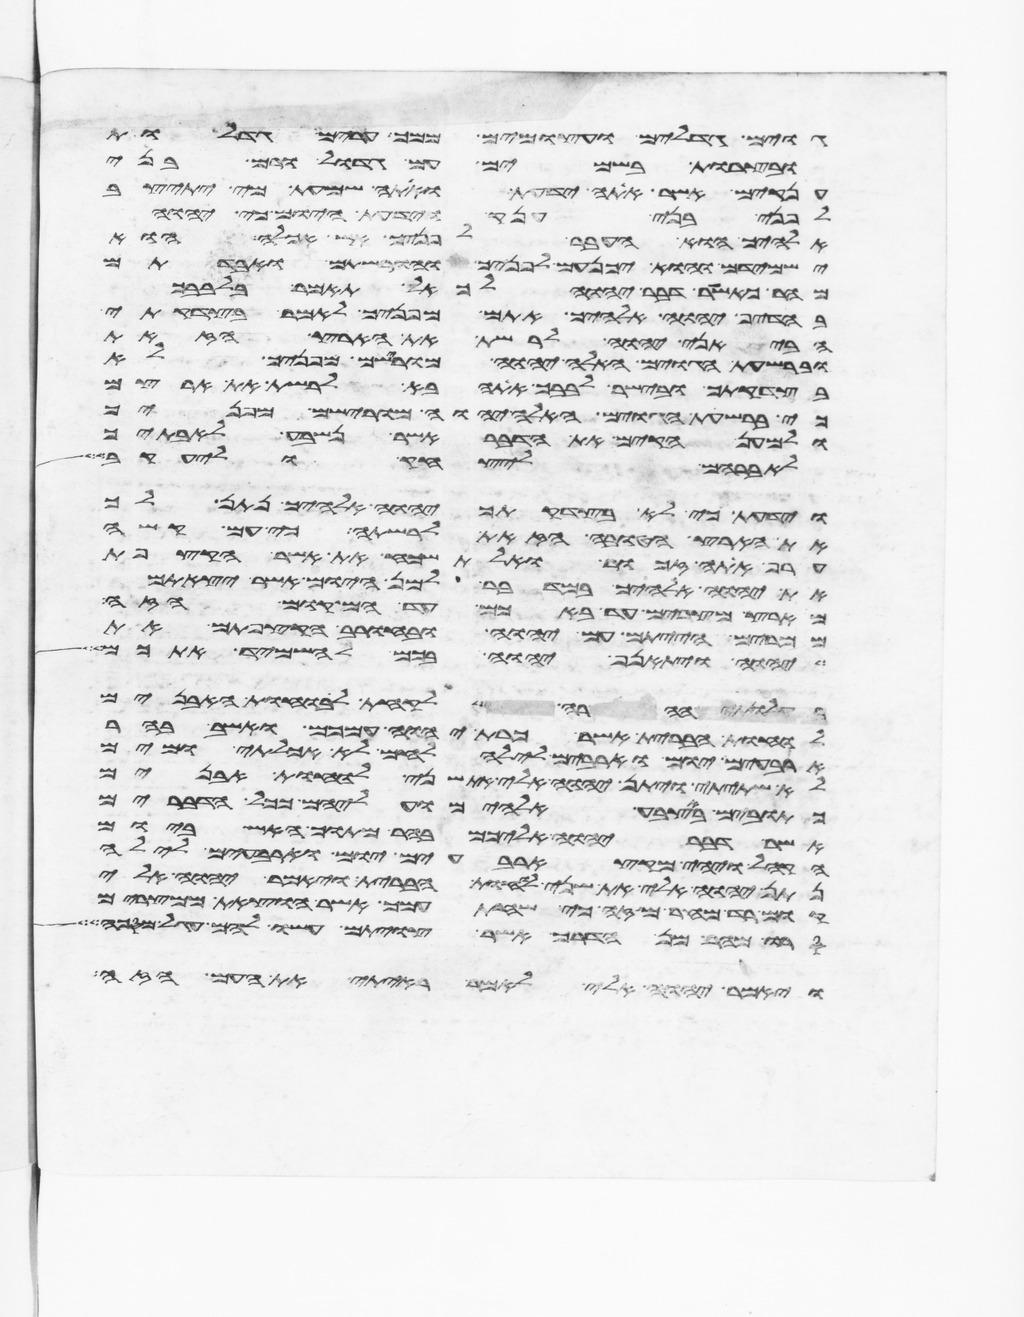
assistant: גוים גדלים ועצמים ממך ערים גדלות
ובצרות בשמים עם גדול ורם בני
ענקים אשר אתה ידעת ואתה שמעת מי יתיצב
לפני בני ענק וידעת היום כי יהוה
אלהיך הוא העבר לפניך אש אכלה הוא
ישמידם והוא יכנעם לפניך והורשתם ואבדתם
מהר כאשר דבר יהוה לך אל תאמר בלבבך
בהדיף יהוה אלהיך אתם מפניך לאמר בצדקתי
הביאני יהוה לרשת את הארץ הזאת
וברשעת הגוים האלה יהוה מורישם מפניך לא
בצדקתך ובישר לבבך אתה בא לרשת את ארצם
כי ברשעת הגוים האלה יהוה מורישם מפניך
ולמען הקים את הדבר אשר נשבע לאבתיך
לאברהם ליצחק וליעקב
וידעת כי לא בצדקתך יהוה אלהיך נתן לך
את הארץ הטובה הזאת לרשתה כי עם קשה
ערף אתה זכור ואל תשכח את אשר הקצפת
את יהוה אלהיך במדבר למן היום אשר יצאתם
מארץ מצרים עד באכם עד המקום הזה
ממרים הייתם עם יהוה ובחורב הקצפתם את
יהוה ויתאנף יהוה בכם להשמיד אתכם
ההרה לקחת לוחות האבנים
לוחת הברית אשר כרת יהוה עמכם ואשב בהר
ארבעים יום וארבעים לילה לחם לא אכלתי ומים
לא שתיתי ויתן יהוה אלי את שני לוחת האבנים
כתובים באצבע אלהים ועליהם ככל הדברים
אשר דבר יהוה אליכם בהר מתוך האש ביום
הקהל ויהי מקץ ארבעים יום וארבעים לילה
נתן יהוה אלי את שני לוחת הברית ויאמר יהוה אלי
קום רד מהר מזה כי שחת עמך אשר הוצאת ממצרים
סרו מהר מן הדרך אשר צויתם עשו להם עגל מסכה
ויאמר יהוה אלי לאמר ראיתי את העם הזה